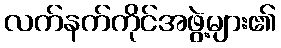
လက်နက်ကိုင်အဖွဲ့များ၏